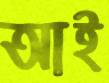
আই